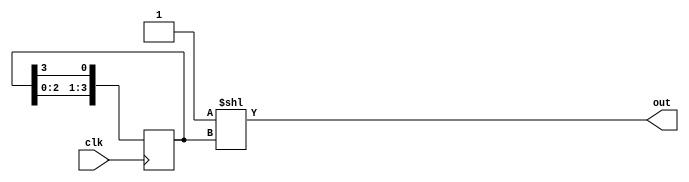
module ring_counter(input wire clk,
                    output reg [3:0] out);

  reg [3:0] state;

  always @(posedge clk) begin
    state <= {state[2:0], state[3]};
  end

  always @(state) begin
    out = 4'b0001 << state;
  end

endmodule